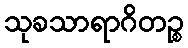
သုခသာရာဂိတဉ္စ